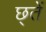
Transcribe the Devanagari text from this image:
छ्तें